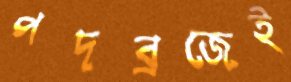
পদব্রজেই